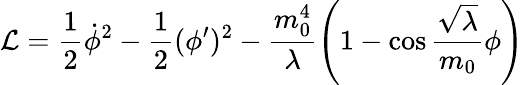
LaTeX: {\cal L}=\frac{1}{2}\dot{\phi}^{2}-\frac{1}{2}(\phi^{\prime})^{2}-\frac{m_{0}^{4}}{\lambda}\left(1-\cos\frac{\sqrt{\lambda}}{m_{0}}\phi\right)